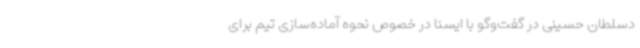
دسلطان حسینی در گفت‌وگو با ایسنا در خصوص نحوه آماده‌سازی تیم برای